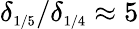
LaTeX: \delta_{\scriptscriptstyle{1/5}}/\delta_{\scriptscriptstyle{1/4}}\approx 5